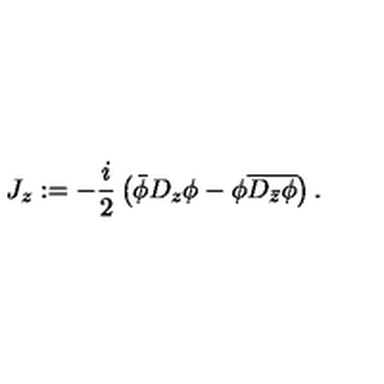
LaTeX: J _ { z } : = - \frac { i } { 2 } \left( \bar { \phi } D _ { z } \phi - \phi \overline { { D _ { \bar { z } } \phi } } \right) .